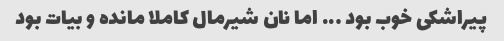
پیراشکی خوب بود ….. اما نان شیرمال کاملا مانده و بیات بود